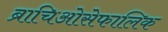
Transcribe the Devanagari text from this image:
ब्राचिओसेफालिक